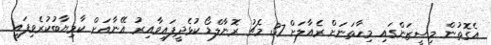
އެގޮތުން މިސީޒަންގައި މިހާތަނަށް ރެއާލަށް 37 މެޗު ރޮނާލްޑޯ ކުޅެދީފައިވާއިރު އޭނާއަށް ކާމިޔާބުކުރެވިފައި